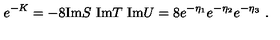
e ^ { - K } = - 8 \mathrm { I m } S \ \mathrm { I m } T \ \mathrm { I m } U = 8 e ^ { - \eta _ { 1 } } e ^ { - \eta _ { 2 } } e ^ { - \eta _ { 3 } } \ .